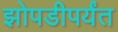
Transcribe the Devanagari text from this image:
झोपडीपर्यंत